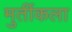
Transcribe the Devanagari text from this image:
मुर्तीकला